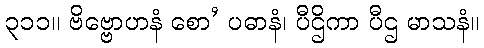
၃၁၁။ ဗိဗ္ဗောဟနံ စော’ ပဓာနံ၊ ပီဌိကာ ပီဌ မာသနံ။